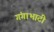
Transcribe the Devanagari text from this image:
गंगाभाटी